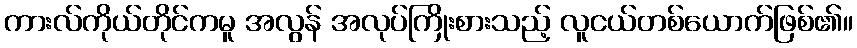
ကားလ်ကိုယ်တိုင်ကမူ အလွန် အလုပ်ကြိုးစားသည့် လူငယ်တစ်ယောက်ဖြစ်၏။